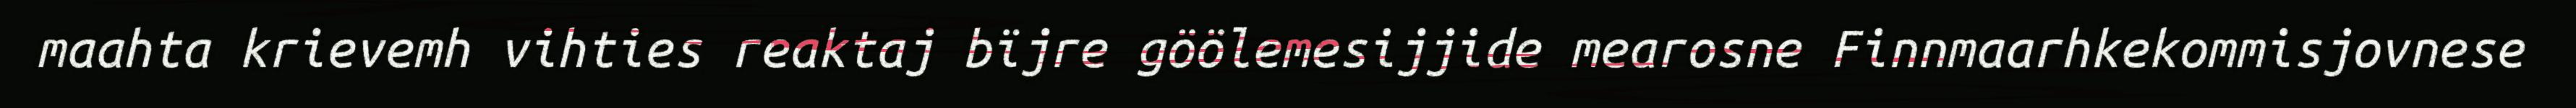
maahta krievemh vihties reaktaj bïjre göölemesijjide mearosne Finnmaarhkekommisjovnese